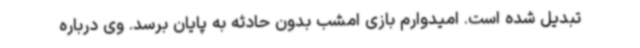
تبدیل شده است. امیدوارم بازی امشب بدون حادثه به پایان برسد. وی درباره